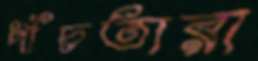
পাঁচতারা